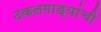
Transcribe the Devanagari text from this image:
ढकलगाड्यांची